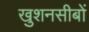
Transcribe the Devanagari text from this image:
खुशनसीबों